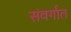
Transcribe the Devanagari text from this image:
संवर्गात